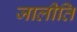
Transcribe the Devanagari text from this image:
जालीति